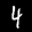
Label: 4